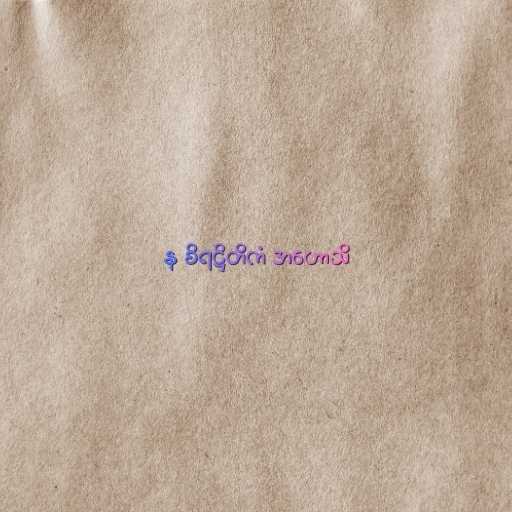
န စိရဋ္ဌိတိကံ အဟောသိ